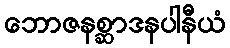
ဘောဇနစ္ဆာဒနပါနီယံ